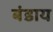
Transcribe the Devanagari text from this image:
बंडाय